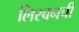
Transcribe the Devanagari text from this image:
लिस्बनची